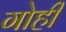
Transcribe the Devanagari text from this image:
गोही